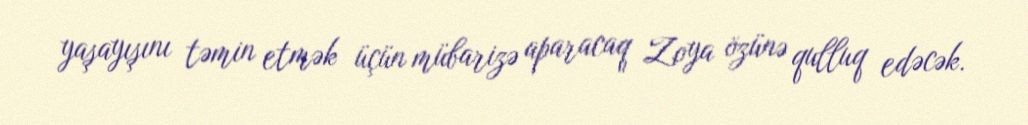
yaşayışını təmin etmək üçün mübarizə aparacaq Zoya özünə qulluq edəcək.